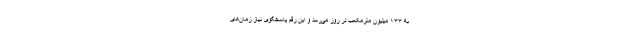
به ۱۳۳ میلیون مترمکعب در روز می‌رسد و این رقم پاسخگوی نیاز زمان‌های